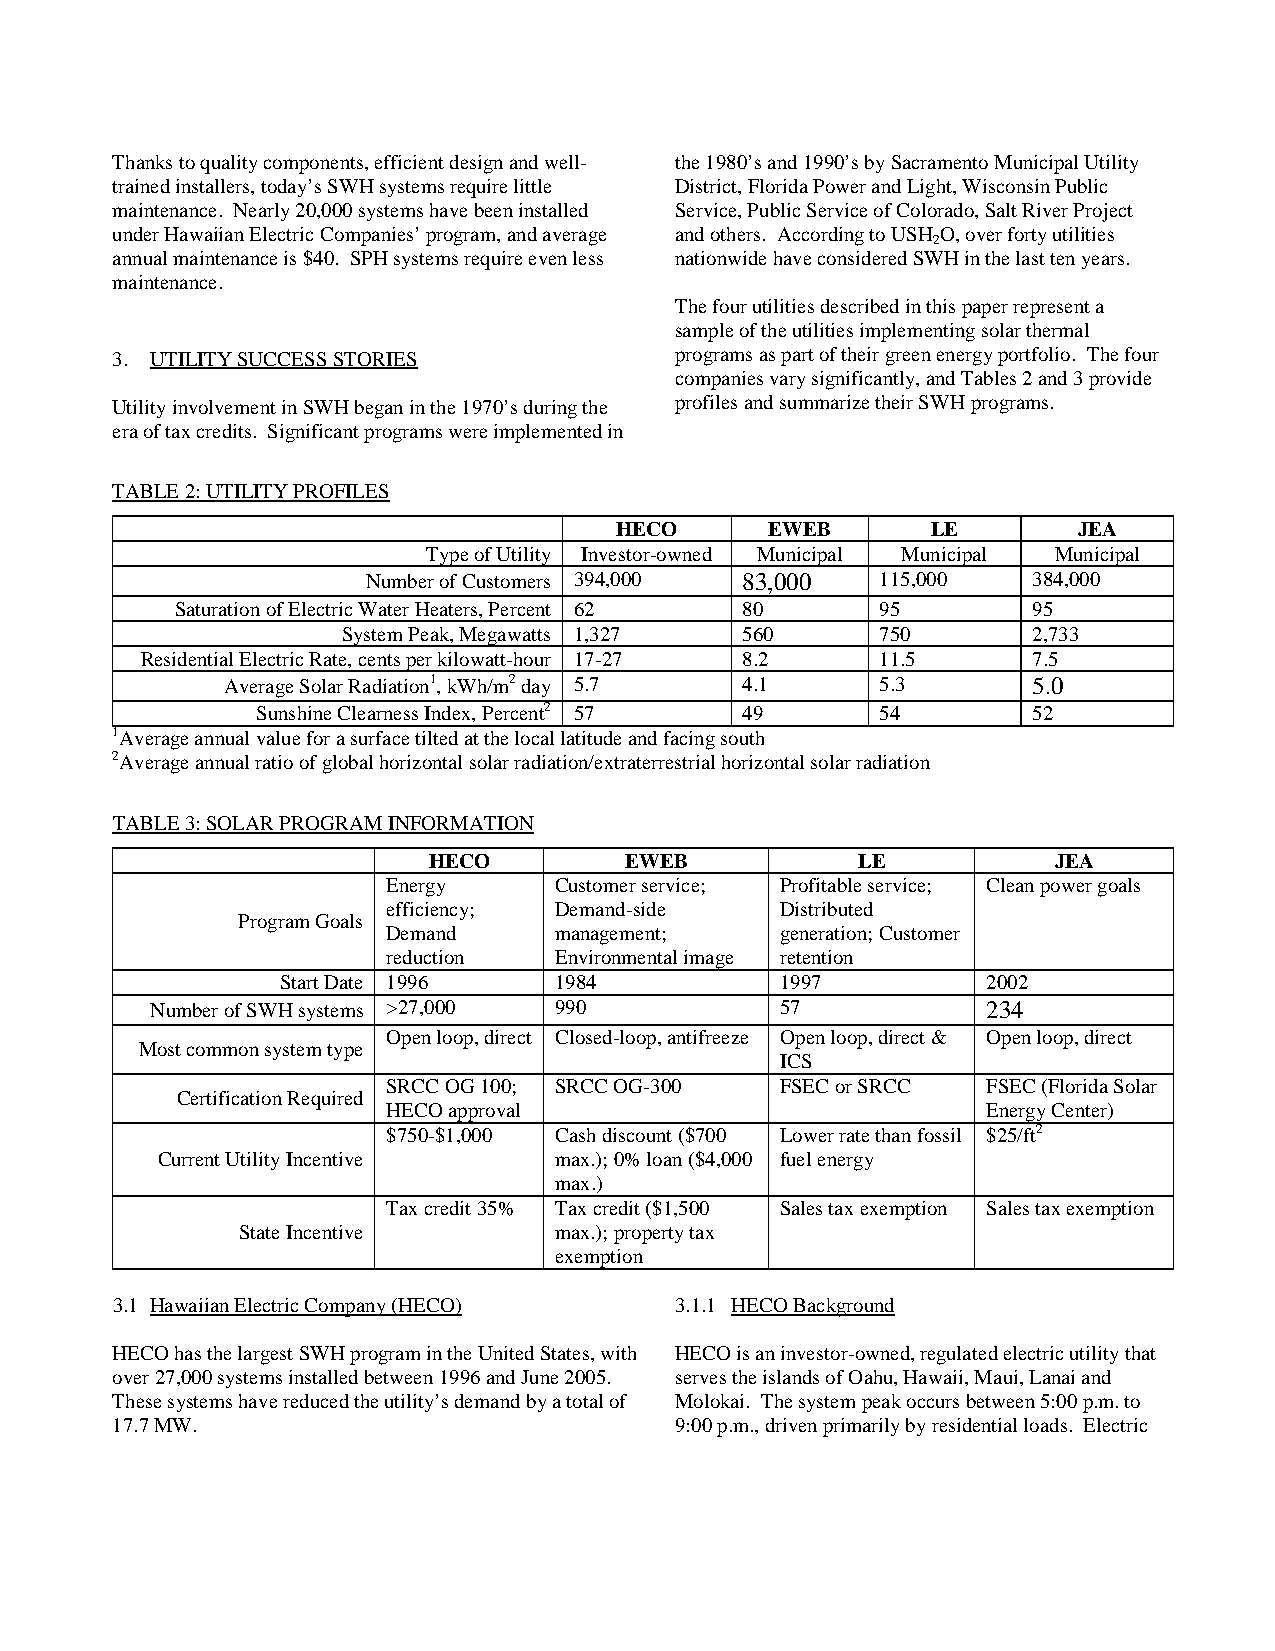
Thanks to quality components, efficient design and well- the 1980’s and 1990’s by Sacramento Municipal Utility
 trained installers, today’s SWH systems require little District, Florida Power and Light, Wisconsin Public
 maintenance. Nearly 20,000 systems have been installed Service, Public Service of Colorado, Salt River Project
 under Hawaiian Electric Companies’ program, and average and others. According to USH O, over forty utilities
 2
 annual maintenance is $40. SPH systems require even less nationwide have considered SWH in the last ten years.
 maintenance.
 The four utilities described in this paper represent a
 sample of the utilities implementing solar thermal
 3. UTILITY SUCCESS STORIES            programs as part of their green energy portfolio. The four
 companies vary significantly, and Tables 2 and 3 provide
 Utility involvement in SWH began in the 1970’s during the profiles and summarize their SWH programs.
 era of tax credits. Significant programs were implemented in
 TABLE 2: UTILITY PROFILES
 HECO      EWEB       LE       JEA
 Type of Utility Investor-owned Municipal Municipal Municipal
 Number of Customers 394,000 83,000 115,000  384,000
 Saturation of Electric Water Heaters, Percent 62 80 95  95
 System Peak, Megawatts 1,327 560   750       2,733
 Residential Electric Rate, cents per kilowatt-hour 17-27 8.2 11.5 7.5
 Average Solar Radiation1, kWh/m2 day 5.7 4.1 5.3     5.0
 Sunshine Clearness Index, Percent2 57 49 54        52
 1Average annual value for a surface tilted at the local latitude and facing south
 2Average annual ratio of global horizontal solar radiation/extraterrestrial horizontal solar radiation
 TABLE 3: SOLAR PROGRAM INFORMATION
 HECO         EWEB            LE           JEA
 Energy     Customer service; Profitable service; Clean power goals
 efficiency; Demand-side   Distributed
 Program Goals
 Demand     management;    generation; Customer
 reduction  Environmental image retention
 Start Date 1996   1984           1997         2002
 Number of SWH systems >27,000 990         57           234
 Open loop, direct Closed-loop, antifreeze Open loop, direct & Open loop, direct
 Most common system type
 ICS
 SRCC OG 100; SRCC OG-300  FSEC or SRCC FSEC (Florida Solar
 Certification Required
 HECO approval                          Energy Center)
 $750-$1,000 Cash discount ($700 Lower rate than fossil $25/ft2
 Current Utility Incentive  max.); 0% loan ($4,000 fuel energy
 max.)
 Tax credit 35% Tax credit ($1,500 Sales tax exemption Sales tax exemption
 State Incentive      max.); property tax
 exemption
 3.1 Hawaiian Electric Company (HECO)  3.1.1 HECO Background
 HECO has the largest SWH program in the United States, with HECO is an investor-owned, regulated electric utility that
 over 27,000 systems installed between 1996 and June 2005. serves the islands of Oahu, Hawaii, Maui, Lanai and
 These systems have reduced the utility’s demand by a total of Molokai. The system peak occurs between 5:00 p.m. to
 17.7 MW.                              9:00 p.m., driven primarily by residential loads. Electric